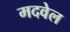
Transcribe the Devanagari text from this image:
मदवेल